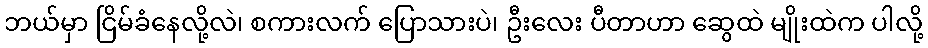
ဘယ်မှာ ငြိမ်ခံနေလို့လဲ၊ စကားလက် ပြောသားပဲ၊ ဦးလေး ပီတာဟာ ဆွေထဲ မျိုးထဲက ပါလို့